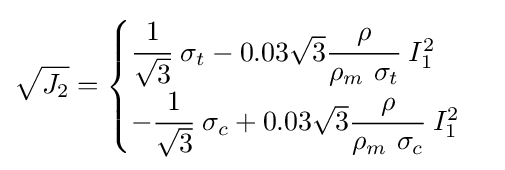
{\sqrt {J_{2}}}={\begin{cases}{\cfrac {1}{\sqrt {3}}}~\sigma _{t}-0.03{\sqrt {3}}{\cfrac {\rho }{\rho _{m}~\sigma _{t}}}~I_{1}^{2}\\-{\cfrac {1}{\sqrt {3}}}~\sigma _{c}+0.03{\sqrt {3}}{\cfrac {\rho }{\rho _{m}~\sigma _{c}}}~I_{1}^{2}\end{cases}}